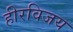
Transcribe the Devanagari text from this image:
हीरविजय